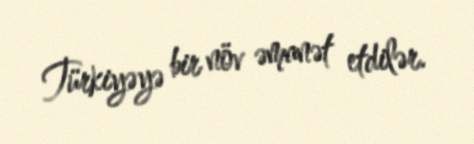
Türkiyəyə bir növ əmanət etdilər.